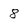
Character: 8